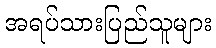
အရပ်သားပြည်သူများ